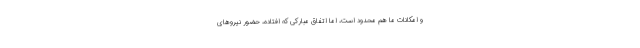
و امکانات ما هم محدود است، اما اتفاق مبارکی که افتاده، حضور نیروهای